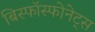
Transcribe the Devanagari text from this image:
बिस्फॉस्फोनेट्स